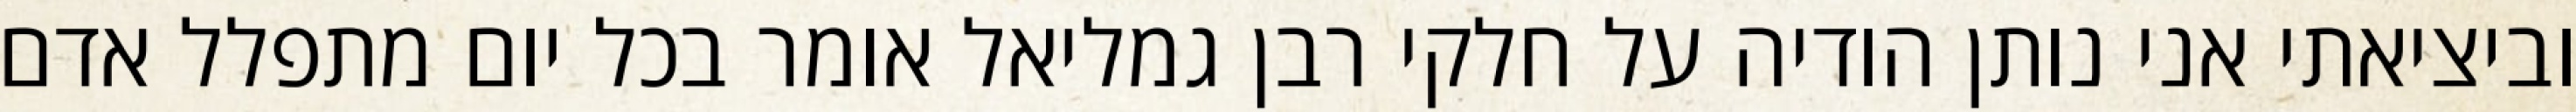
וביציאתי אני נותן הודיה על חלקי רבן גמליאל אומר בכל יום מתפלל אדם